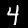
Label: 4